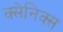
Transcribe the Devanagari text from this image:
क्सेनिक्स